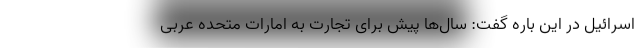
اسرائیل در این باره گفت: سال‌ها پیش برای تجارت به امارات متحده عربی